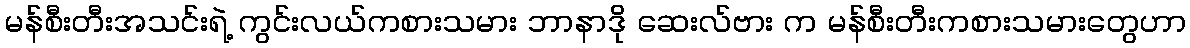
မန်စီးတီးအသင်းရဲ့ ကွင်းလယ်ကစားသမား ဘာနာဒို ဆေးလ်ဗား က မန်စီးတီးကစားသမားတွေဟာ